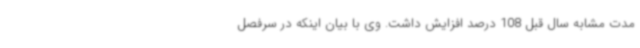
مدت مشابه سال قبل 108 درصد افزایش داشت. وی با بیان اینکه در سرفصل